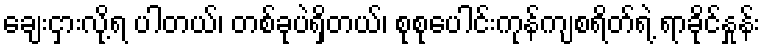
ချေးငှားလို့ရ ပါတယ်၊ တစ်ခုပဲရှိတယ်၊ စုစုပေါင်းကုန်ကျစရိတ်ရဲ့ ရာခိုင်နှုန်း